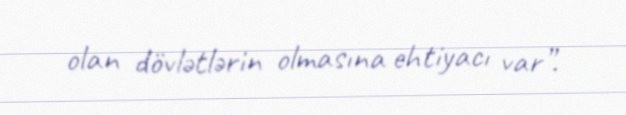
olan dövlətlərin olmasına ehtiyacı var”.